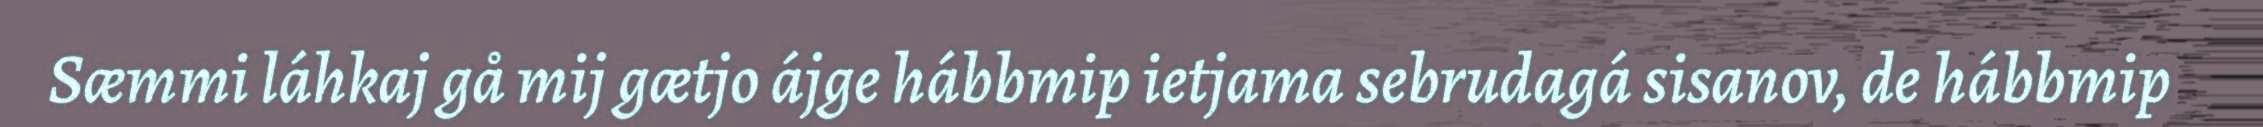
Sæmmi láhkaj gå mij gætjo ájge hábbmip ietjama sebrudagá sisanov, de hábbmip